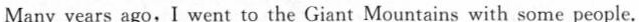
Many years ago, I went to the Giant Mountains with some people.